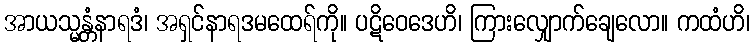
အာယသ္မန္တံနာရဒံ၊ အရှင်နာရဒမထေရ်ကို။ ပဋိဝေဒေဟိ၊ ကြားလျှောက်ချေလော။ ကထံဟိ၊